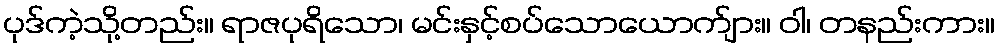
ပုဒ်ကဲ့သို့တည်း။ ရာဇပုရိသော၊ မင်းနှင့်စပ်သောယောက်ျား။ ဝါ၊ တနည်းကား။